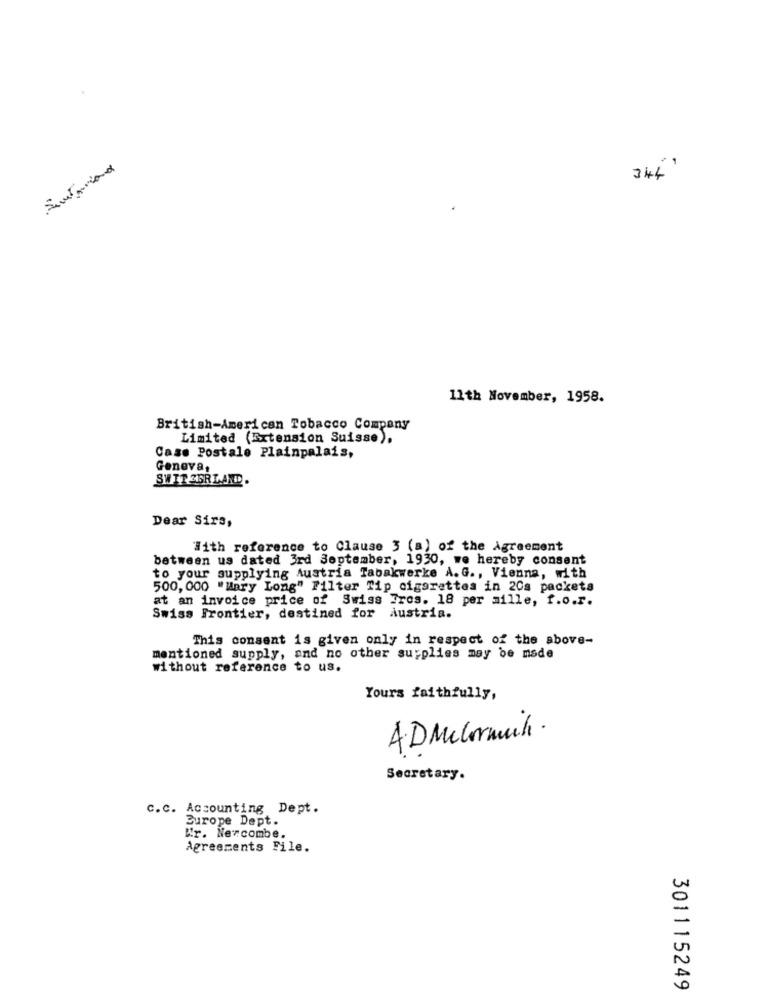
344
11th November, 1958.
British-American Tobacco Company
Limited (Extension Suisse),
Case Postale Plainpalais,
Geneva,
SWITZERLANDD.
Dear Sirs,
"With reference to Clause 3 (a) of the Agreement
between us dated 3rd September, 1930, we hereby consent
to your supplying Austria Tabakwerke A.G ., Vienna, with
500, 000 "Mary Long" Filter Tip cigarettes in 20s packets
at an invoice price of Swiss Tros. 18 per mille, f.o.r.
Swiss Frontier, destined for Austria.
This consent is given only in respect of the above-
mentioned supply, and no other supplies may be made
without reference to us.
Yours faithfully,
A Dmelormich .
Secretary.
c.c. Accounting Dept.
Europe Dept.
Wr. Nercombe.
Agreements File.
301115249